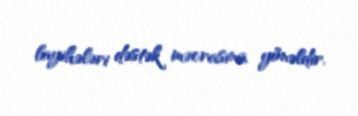
layihələri dəstək məcrasına yönəldir.